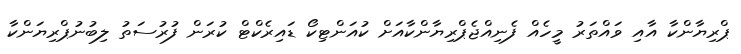
ޕްރިޔާންކާ އާއި ވައްތަރު މީހެއް ފެނިއްޖެޕްރިޔާންކާއަށް ކުއަންޓިކޯ ޑައިރެކްޓް ކުރަން ފުރުސަތު ލިބުނުޕްރިޔަންކާ